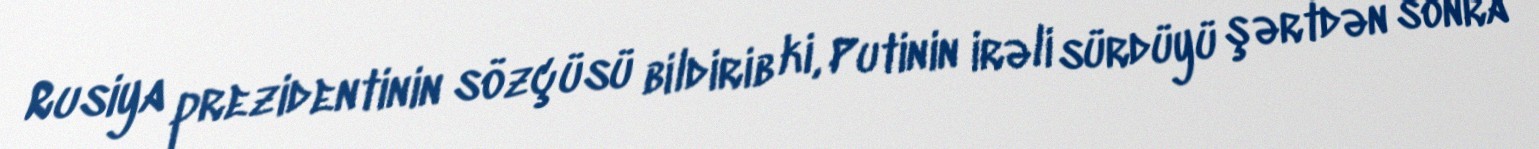
Rusiya prezidentinin sözçüsü bildirib ki, Putinin irəli sürdüyü şərtdən sonra